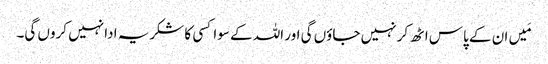
مَیں ان کے پاس اٹھ کر نہیں جاؤں گی اور اللہ کے سوا کسی کا شکریہ ادا نہیں کروں گی۔